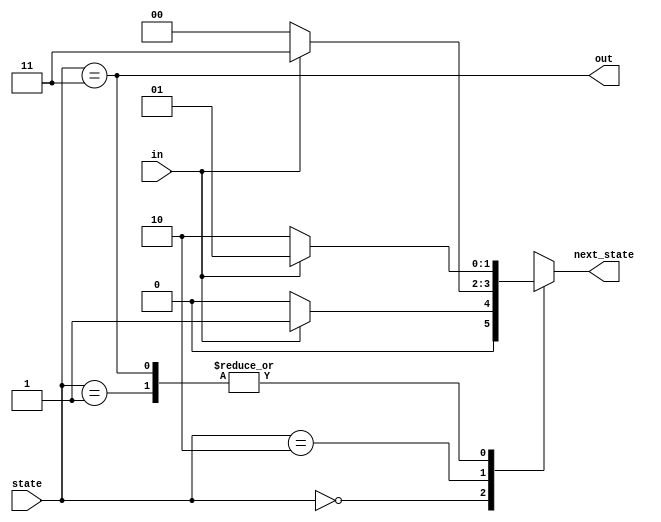
module top_module(
    input in,
    input [1:0] state,
    output [1:0] next_state,
    output out); //

    parameter A=0, B=1, C=2, D=3;
	
    // State transition logic: next_state = f(state, in)
    always @(*) begin
        case(state)
            A: next_state= in?B:A;
            B: next_state= in?B:C;
            C: next_state= in?D:A;
            D: next_state= in?B:C;
        endcase
    end
    
    // Output logic:  out = f(state) for a Moore state machine
    assign out = (state == D);

endmodule